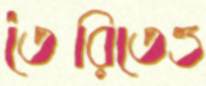
তৈরিতেও